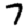
Digit: 7